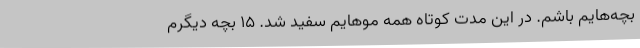
بچه‌هایم باشم. در این مدت کوتاه همه موهایم سفید شد. 15 بچه دیگرم